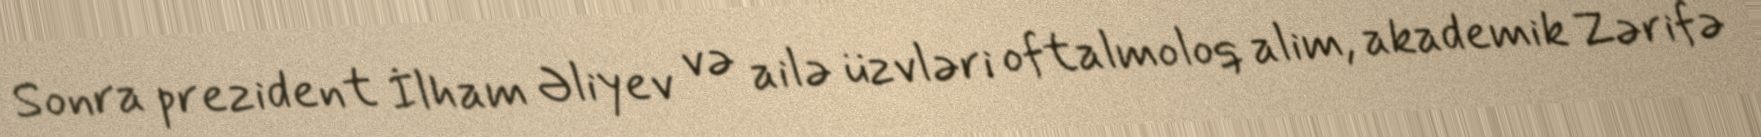
Sonra prezident İlham Əliyev və ailə üzvləri oftalmoloq alim, akademik Zərifə